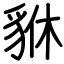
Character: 貅